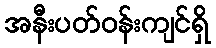
အနီးပတ်ဝန်းကျင်ရှိ